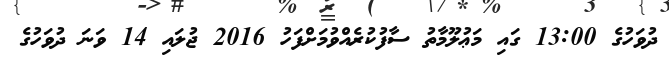
ދުވަހުގެ 13:00 ގައި މަޢުލޫމާތު ސާފުކުރެއްވުމަށްފަހު 2016 ޖުލައި 14 ވަނަ ދުވަހުގެ